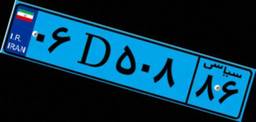
۴۱D۴۶۱۹۳